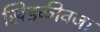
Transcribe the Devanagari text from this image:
खिडकीवजा